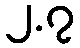
၂.၇